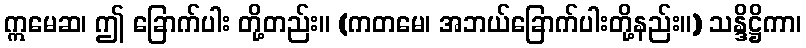
ဣမေဆ၊ ဤ ခြောက်ပါး တို့တည်း။ (ကတမေ၊ အဘယ်ခြောက်ပါးတို့နည်း။) သန္ဒိဋ္ဌိကာ၊